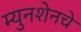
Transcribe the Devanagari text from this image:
म्युनशेनचे